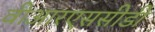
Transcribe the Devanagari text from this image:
वीआरएससीडी